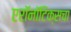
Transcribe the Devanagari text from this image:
एरॉनॉटिक्सचा